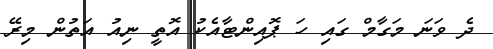
ދެ ވަނަ މަގާމް ގައި ހަ ޕޮއިންޓާއެކު އޮތީ ނިއު އަތުން މިރޭ